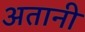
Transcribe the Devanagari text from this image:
अतानी